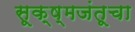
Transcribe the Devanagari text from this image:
सूक्ष्मजंतूचा